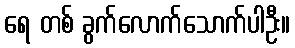
ရေ တစ် ခွက်လောက်သောက်ပါဦး။